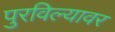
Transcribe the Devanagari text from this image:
पुरविल्यावर